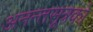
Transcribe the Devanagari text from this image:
अनन्तसूत्रको